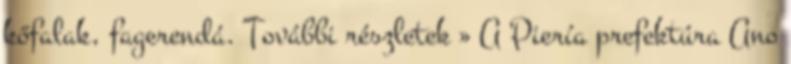
kőfalak, fagerendá. További részletek » A Piería prefektúra Ano